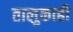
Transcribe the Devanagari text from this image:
तालुकाही